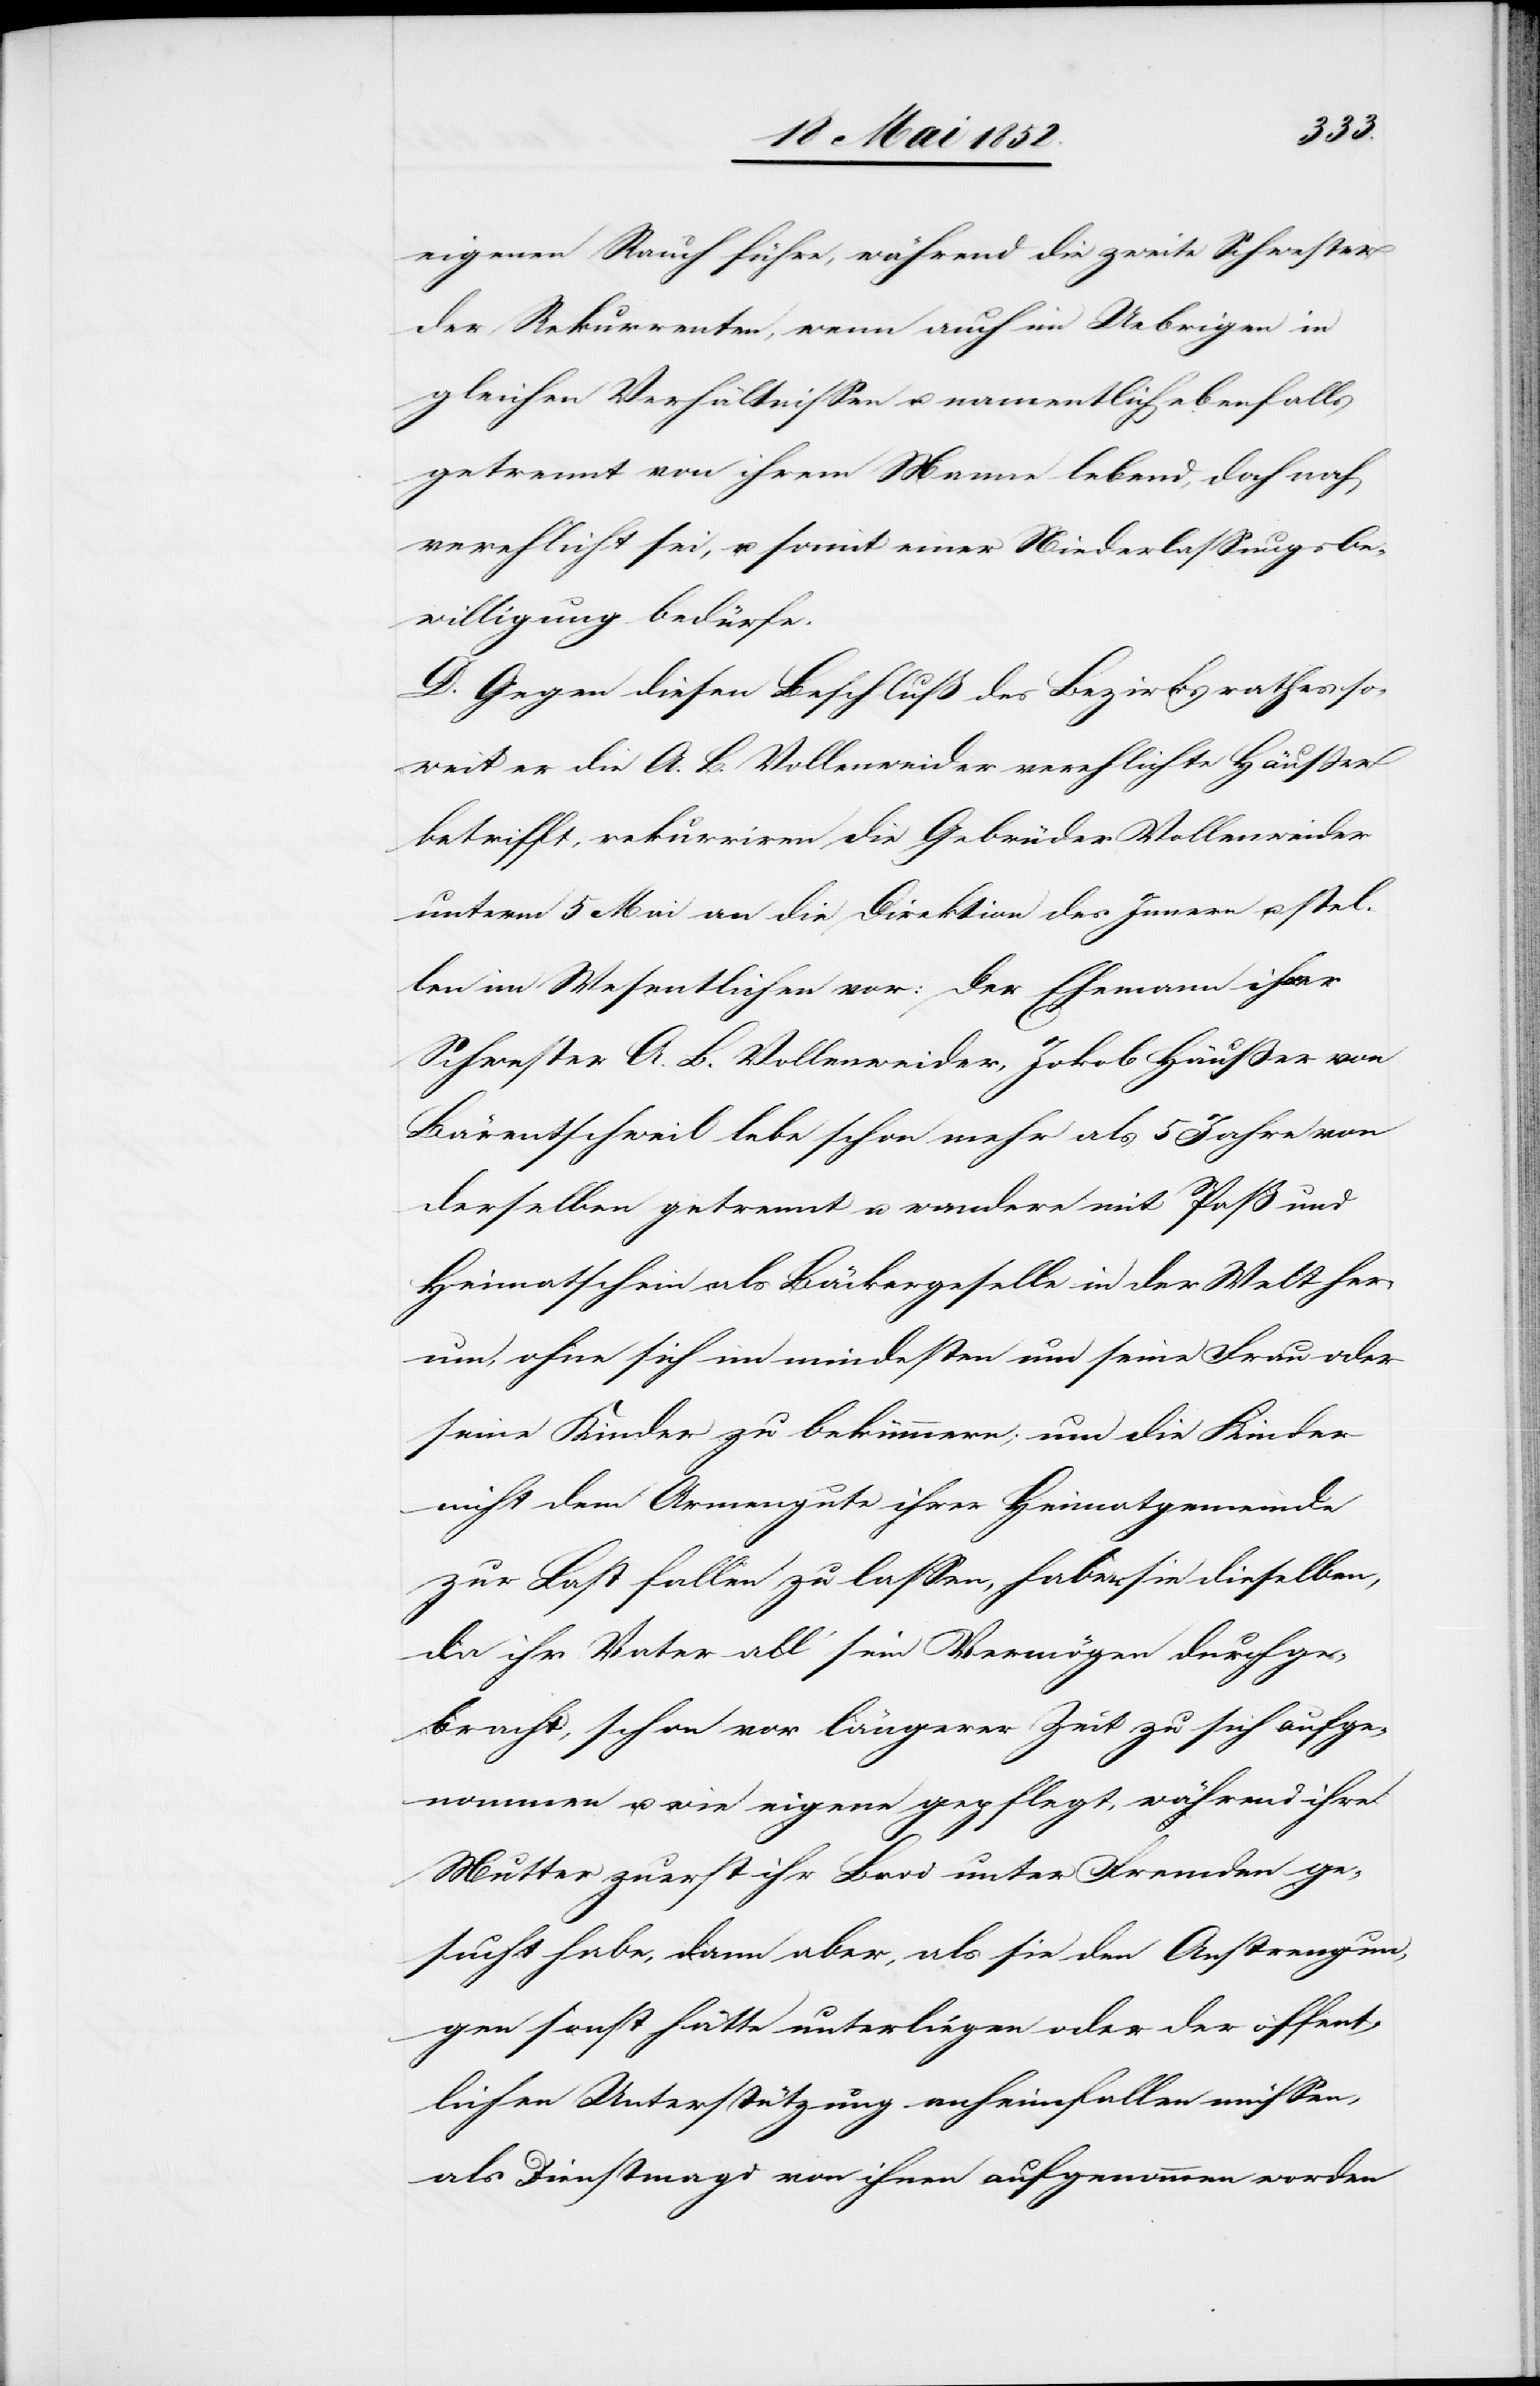
eigenen Rauch führe, während die zweite Schwester
der Rekurrenten, wenn auch im Uebrigen in
gleichen Verhältnissen u. namentlich ebenfalls
getrennt von ihrem Manne lebend, doch noch
verehlicht sei, u. somit einer Niederlassungsbe¬
willigung bedürfe.
D. Gegen diesen Beschluß des Bezirksrathes so¬
weit er die A. B. Vollenweider verehlichte Häusser
betrifft, rekurriren die Gebrüder Vollenweider
unterm 5 Mai an die Direktion des Innern u. stel¬
len im Wesentlichen vor: Der Ehemann ihrer
Schwester A. B. Vollenweider, Jakob Häusser von
Bärentschweil lebe schon mehr als 5 Jahre von
derselben getrennt u. wandere mit Paß und
Heimatschein als Bäckergeselle in der Welt her¬
um, ohne sich im mindesten um seine Frau oder
seine Kinder zu bekümmern; um die Kinder
nicht dem Armengute ihrer Heimatgemeinde
zur Last fallen zu lassen, haben sie dieselben,
da ihr Vater all‘ sein Vermögen durchge¬
bracht, schon vor längerer Zeit zu sich aufge¬
nommen u. wie eigene gepflegt, während ihre
Mutter zuerst ihr Brod unter Fremden ge¬
sucht habe, dann aber, als sie den Anstrengun¬
gen sonst hätte unterliegen oder der öffent¬
lichen Unterstützung anheimfallen müssen,
als Dienstmagd von ihnen aufgenommen worden